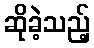
ဆိုခဲ့သည့်